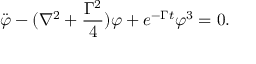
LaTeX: \ddot { \varphi } - ( \nabla ^ { 2 } + \frac { \Gamma ^ { 2 } } { 4 } ) \varphi + e ^ { - \Gamma t } \varphi ^ { 3 } = 0 .